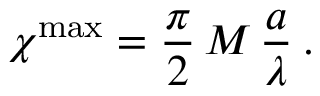
\chi ^ { \mathrm { { m a x } } } = \frac { \pi } { 2 } \, M \, \frac { a } { \lambda } \: .